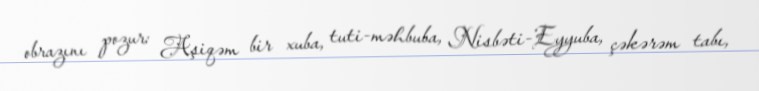
obrazını pozur: Aşiqəm bir xuba, tuti-məhbuba, Nisbəti-Eyyuba, çəkərəm tabı,